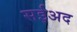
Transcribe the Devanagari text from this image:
सईअद